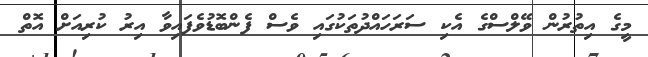
މީގެ އިތުރުން ވޭލްސްގެ އެކި ސަރަހައްދުތަކުގައި ވެސް ފެންބޮޑުވެފައިވާ އިރު ކުރިއަށް އޮތް